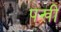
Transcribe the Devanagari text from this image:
पखी